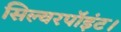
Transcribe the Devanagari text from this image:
सिल्वरपॉइंट।